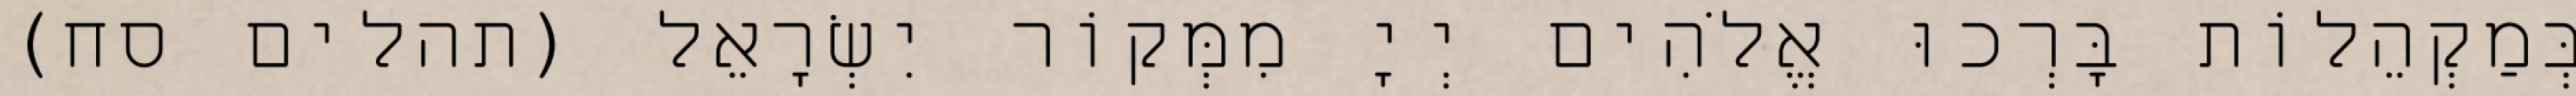
בְּמַקְהֵלוֹת בָּרְכוּ אֱלֹהִים יְיָ מִמְּקוֹר יִשְׂרָאֵל (תהלים סח)